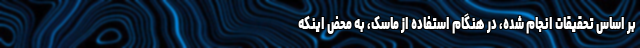
بر اساس تحقیقات انجام شده، در هنگام استفاده از ماسک، به محض اینکه